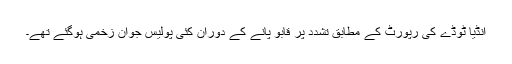
انڈیا ٹوڈے کی رپورٹ کے مطابق تشدد پر قابو پانے کے دوران کئی پولیس جوان زخمی ہوگئے تھے۔